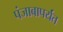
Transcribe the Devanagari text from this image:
पंजाबापर्यंत